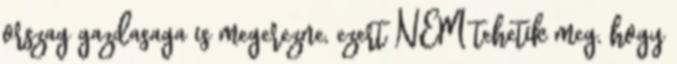
orszag gazdasaga is megerezne, ezert NEM tehetik meg, hogy